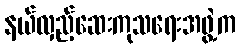
နယ်လှည့်ဆေးကုသရေးအဖွဲ့က